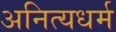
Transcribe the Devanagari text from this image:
अनित्यधर्म